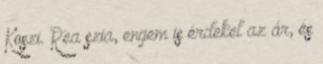
Koszi. Rea szia, engem is érdekel az ár, és